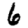
Digit: 6